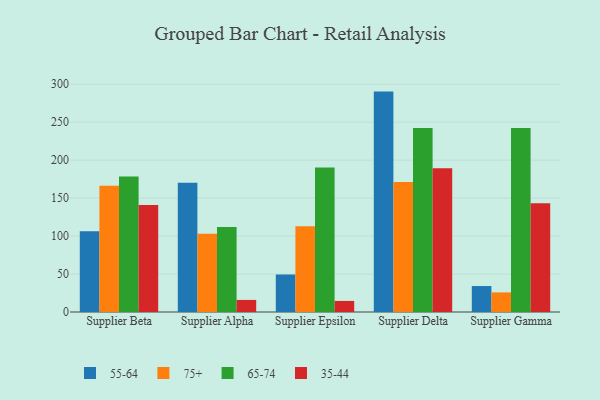
{"axis": {"x": "Supplier", "y": "Temperature (°C)"}, "legend": ["35-44", "55-64", "65-74", "75+"], "data": [{"x": "Supplier Beta", "y": 106.4, "type": "55-64"}, {"x": "Supplier Beta", "y": 166.2, "type": "75+"}, {"x": "Supplier Beta", "y": 178.5, "type": "65-74"}, {"x": "Supplier Beta", "y": 140.8, "type": "35-44"}, {"x": "Supplier Alpha", "y": 170.4, "type": "55-64"}, {"x": "Supplier Alpha", "y": 103.2, "type": "75+"}, {"x": "Supplier Alpha", "y": 112.0, "type": "65-74"}, {"x": "Supplier Alpha", "y": 15.9, "type": "35-44"}, {"x": "Supplier Epsilon", "y": 49.4, "type": "55-64"}, {"x": "Supplier Epsilon", "y": 112.9, "type": "75+"}, {"x": "Supplier Epsilon", "y": 190.2, "type": "65-74"}, {"x": "Supplier Epsilon", "y": 14.6, "type": "35-44"}, {"x": "Supplier Delta", "y": 290.3, "type": "55-64"}, {"x": "Supplier Delta", "y": 171.2, "type": "75+"}, {"x": "Supplier Delta", "y": 242.5, "type": "65-74"}, {"x": "Supplier Delta", "y": 189.2, "type": "35-44"}, {"x": "Supplier Gamma", "y": 34.2, "type": "55-64"}, {"x": "Supplier Gamma", "y": 25.8, "type": "75+"}, {"x": "Supplier Gamma", "y": 242.3, "type": "65-74"}, {"x": "Supplier Gamma", "y": 143.3, "type": "35-44"}]}